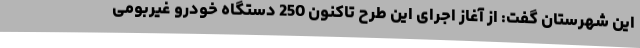
این شهرستان گفت: از آغاز اجرای این طرح تاکنون 250 دستگاه خودرو غیربومی